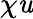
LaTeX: \chi\mathit{u}